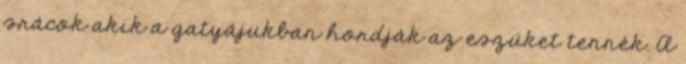
srácok akik a gatyájukban hordják az eszüket tennék. A